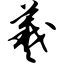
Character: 羲